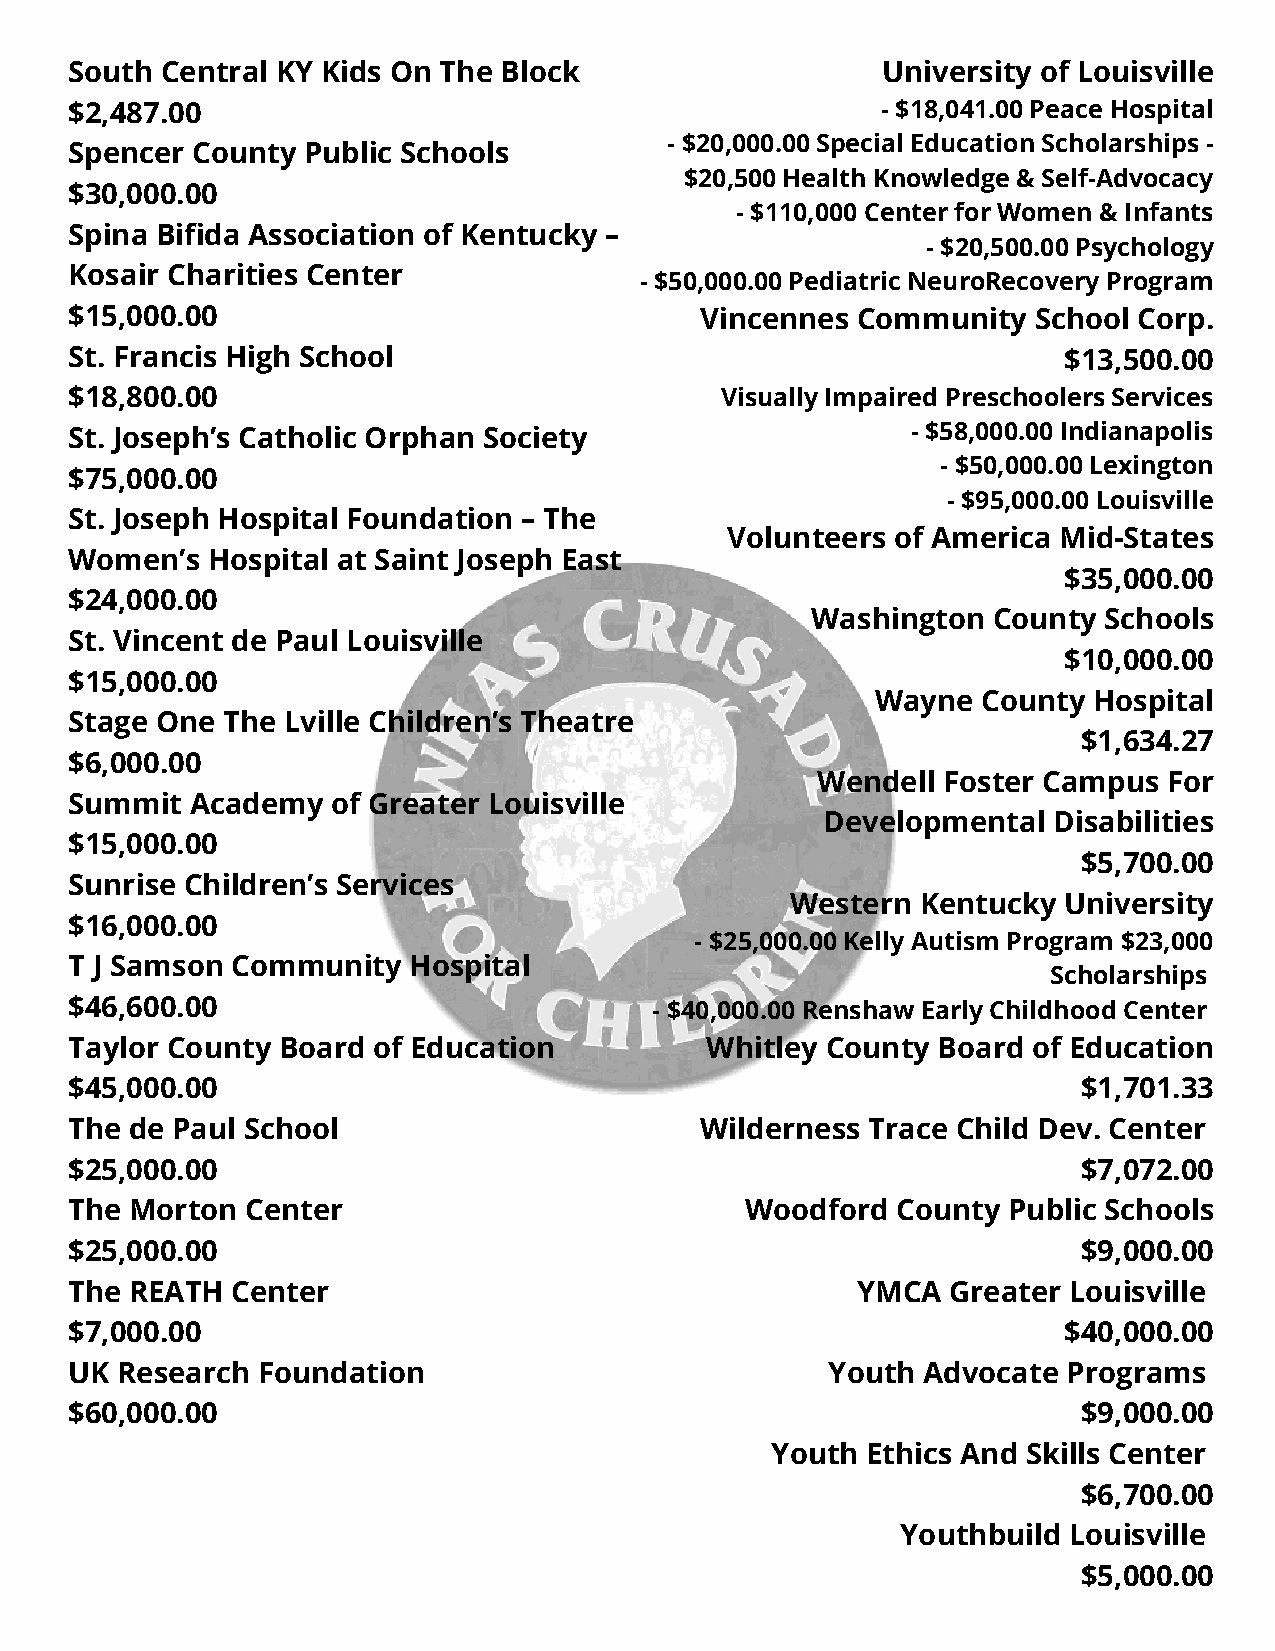
South Central KY Kids On The Block                   University of Louisville
 $2,487.00                                            - $18,041.00 Peace Hospital
 - $20,000.00 Special Education Scholarships -
 Spencer County Public Schools
 $20,500 Health Knowledge & Self-Advocacy
 $30,000.00
 - $110,000 Center for Women & Infants
 Spina Bifida Association of Kentucky –
 - $20,500.00 Psychology
 Kosair Charities Center
 - $50,000.00 Pediatric NeuroRecovery Program
 $15,000.00                               Vincennes  Community   School Corp.
 St. Francis High School                                          $13,500.00
 $18,800.00                                 Visually Impaired Preschoolers Services
 St. Joseph’s Catholic Orphan Society                   - $58,000.00 Indianapolis
 - $50,000.00 Lexington
 $75,000.00
 - $95,000.00 Louisville
 St. Joseph Hospital Foundation – The
 Volunteers of America Mid-States
 Women’s  Hospital at Saint Joseph East
 $35,000.00
 $24,000.00
 Washington  County Schools
 St. Vincent de Paul Louisville
 $10,000.00
 $15,000.00
 Wayne  County Hospital
 Stage One The Lville Children’s Theatre
 $1,634.27
 $6,000.00
 Wendell Foster Campus  For
 Summit  Academy  of Greater Louisville
 Developmental  Disabilities
 $15,000.00
 $5,700.00
 Sunrise Children’s Services
 Western  Kentucky University
 $16,000.00
 - $25,000.00 Kelly Autism Program $23,000
 T J Samson Community  Hospital
 Scholarships
 $46,600.00                            - $40,000.00 Renshaw Early Childhood Center
 Taylor County Board of Education          Whitley County Board of Education
 $45,000.00                                                         $1,701.33
 The de Paul School                       Wilderness Trace Child Dev. Center
 $25,000.00                                                         $7,072.00
 The Morton Center                           Woodford  County  Public Schools
 $25,000.00                                                         $9,000.00
 The REATH Center                                    YMCA  Greater Louisville
 $7,000.00                                                        $40,000.00
 UK Research Foundation                            Youth Advocate  Programs
 $60,000.00                                                         $9,000.00
 Youth Ethics And Skills Center
 $6,700.00
 Youthbuild Louisville
 $5,000.00